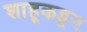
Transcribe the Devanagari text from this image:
शाहूकडून